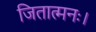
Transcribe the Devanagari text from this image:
जितात्मनः।